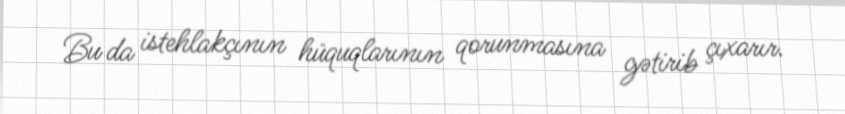
Bu da istehlakçının hüquqlarının qorunmasına gətirib çıxarır.